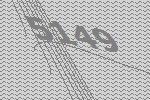
5149